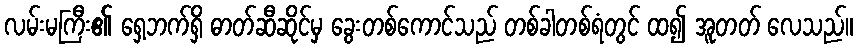
လမ်းမကြီး၏ ရှေ့ဘက်ရှိ ဓာတ်ဆီဆိုင်မှ ခွေးတစ်ကောင်သည် တစ်ခါတစ်ရံတွင် ထ၍ အူတတ် လေသည်။